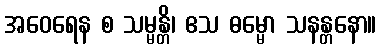
အဝေရေန စ သမ္မန္တိ၊ ဧသ ဓမ္မော သနန္တနော။